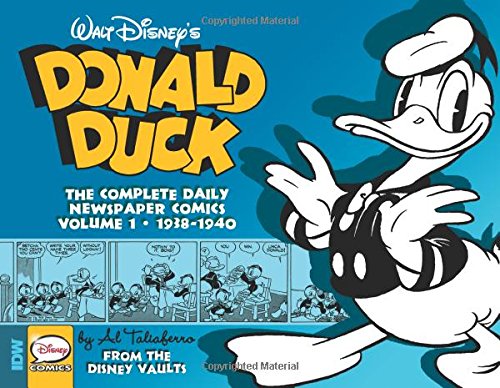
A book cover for Walt Disney's Donald Duck: The Daily Newspaper Comics Volume 1 (Walt Disney Donald Duck Newspaper Comics Hc); Bob Karp; Comics & Graphic Novels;